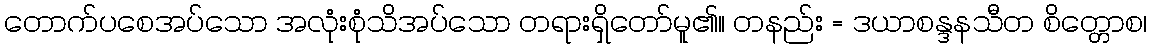
တောက်ပစေအပ်သော အလုံးစုံသိအပ်သော တရားရှိတော်မူ၏။ တနည်း = ဒယာစန္ဒနသီတ စိတ္တောစ၊